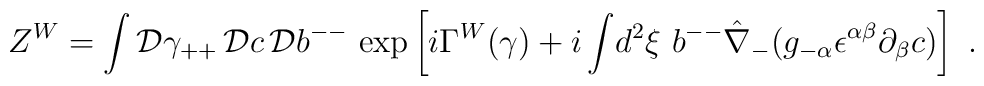
Z^W= \int  {\cal D} \gamma_{++} \,   {\cal D}c \,  {\cal D}b^{--} ~{\rm exp} \left [i \Gamma^W(\gamma) + i \int \! d^2 \xi ~b^{--}\hat\nabla_{-} (g_{- \alpha} \epsilon^{\alpha \beta}\partial_{\beta} c) \right ] ~.